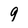
Character: 9